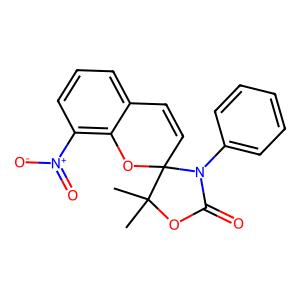
SMILES: CC1(C)OC(=O)N(c2ccccc2)C12C=Cc1cccc([N+](=O)[O-])c1O2
Inhibits HIV replication: No